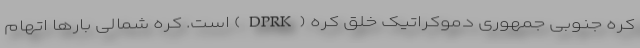
کره جنوبی جمهوری دموکراتیک خلق کره (DPRK) است. کره شمالی بارها اتهام